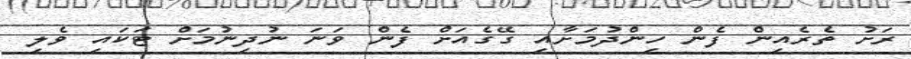
ރަށު ތެރެއިން ފެން ހިންދުމަށާއި ގޭގެއަށް ފެން ވަނަ ނުދިނުމަށް ޓަކައި ވެލި